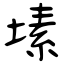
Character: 塐